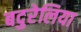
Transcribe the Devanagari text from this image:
बदुरेलिया